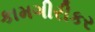
કામગીરીકર